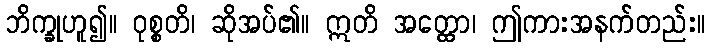
ဘိက္ခုဟူ၍။ ဝုစ္စတိ၊ ဆိုအပ်၏။ ဣတိ အတ္ထော၊ ဤကားအနက်တည်း။